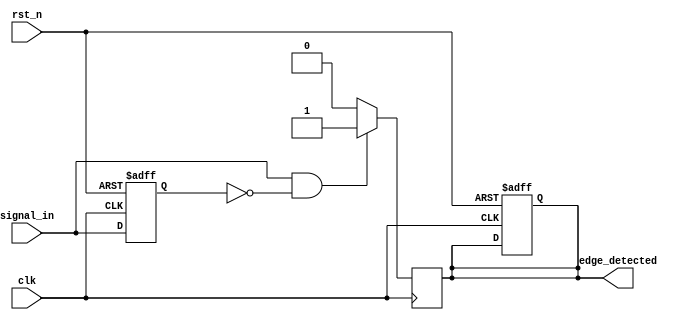
module rising_edge_detector (
    input wire clk,                // Clock input
    input wire rst_n,              // Active low reset
    input wire signal_in,          // Input signal to detect rising edge
    output reg edge_detected       // Output pulse for rising edge detection
);

    reg signal_in_prev;            // Register to hold the previous state of the input signal

    // Always block to capture the previous state of the input signal on the rising edge of the clock
    always @(posedge clk or negedge rst_n) begin
        if (!rst_n) begin
            signal_in_prev <= 1'b0; // Reset previous state to 0
            edge_detected <= 1'b0;   // Reset output pulse
        end else begin
            signal_in_prev <= signal_in; // Update previous state
        end
    end

    // Always block to detect rising edge and generate output pulse
    always @(posedge clk) begin
        if (signal_in && !signal_in_prev) begin
            edge_detected <= 1'b1; // Rising edge detected, set output pulse
        end else begin
            edge_detected <= 1'b0; // Reset output pulse after one clock cycle
        end
    end

endmodule